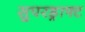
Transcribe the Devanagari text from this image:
सुपरड्राफ्ट